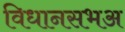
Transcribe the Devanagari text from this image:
विधानसभअ